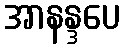
အာနန္ဒပေ